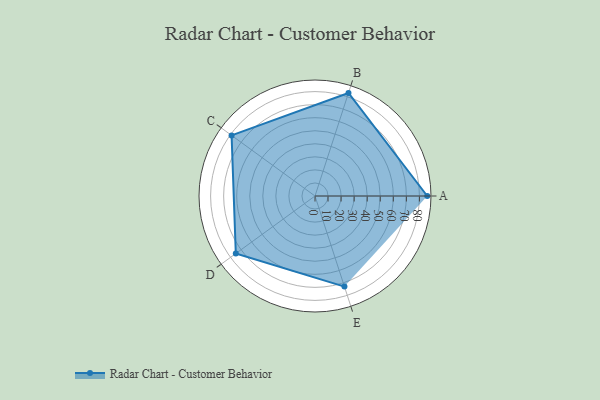
{"axis": {"x": "Skill", "y": "Score"}, "legend": ["Profile"], "data": [{"x": "A", "y": 86.0, "type": "Profile"}, {"x": "B", "y": 83.0, "type": "Profile"}, {"x": "C", "y": 79.0, "type": "Profile"}, {"x": "D", "y": 75.0, "type": "Profile"}, {"x": "E", "y": 73.0, "type": "Profile"}]}